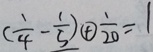
( \frac { 1 } { 4 } - \frac { 1 } { 5 } ) \textcircled { + } \frac { 1 } { 2 0 } = 1